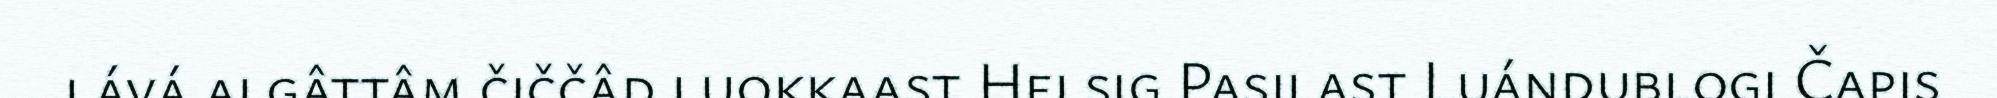
lává algâttâm čiččâd luokkaast Helsig Pasilast Luándublogi Čapis